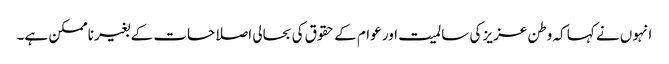
انہوں نے کہا کہ وطن عزیز کی سالمیت اور عوام کے حقوق کی بحالی اصلاحات کے بغیر ناممکن ہے۔